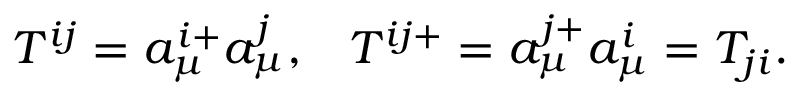
T ^ { i j } = a _ { \mu } ^ { i + } a _ { \mu } ^ { j } , \; \; \; T ^ { i j + } = a _ { \mu } ^ { j + } a _ { \mu } ^ { i } = T _ { j i } .